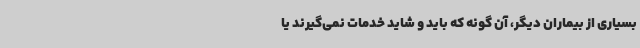
بسیاری از بیماران دیگر، آن گونه که باید و شاید خدمات نمی‌گیرند یا